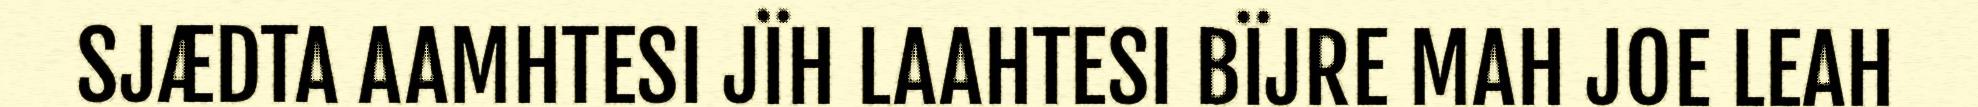
SJÆDTA AAMHTESI JÏH LAAHTESI BÏJRE MAH JOE LEAH